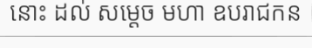
នោះ ដល់ សម្តេច មហា ឧបរាជកន